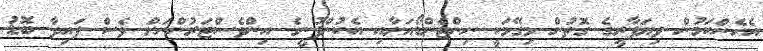
އެހެންކަމުން ވިޔަފާރީގެ ގޮތުން މިގޭމަކީ ނިންޓެންޑޯއަށާއި އެކުންފުނީގެ އިންވެސްޓަރުންނަށް ވެސް ފައިދާ ބޮޑު